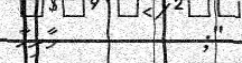
";         މާރިއާ